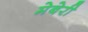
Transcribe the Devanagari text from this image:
मेबेरी